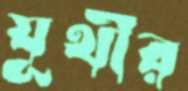
যূথীর